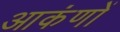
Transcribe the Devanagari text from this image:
आकंणों